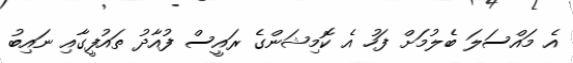
އެ މައްސަލަ ބެލުމަށް ފަހު އެ ކޮމިޝަންގެ ރައީސް ފުއާދު ތައުފީގާއި ނައިބު